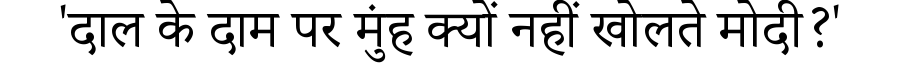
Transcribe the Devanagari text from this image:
'दाल के दाम पर मुंह क्यों नहीं खोलते मोदी?'